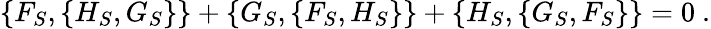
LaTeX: \{ F_{S},\{ H_{S},G_{S}\} \} +\{ G_{S},\{ F_{S},H_{S}\} \} +\{ H_{S},\{ G_{S},F_{S}\} \} =0\ .